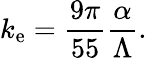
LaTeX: k_{\mathrm{e}}=\frac{9\pi}{55}\frac{\alpha}{\Lambda}.